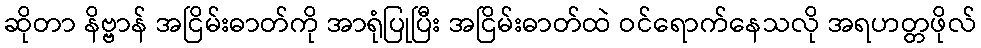
ဆိုတာ နိဗ္ဗာန် အငြိမ်းဓာတ်ကို အာရုံပြုပြီး အငြိမ်းဓာတ်ထဲ ဝင်ရောက်နေသလို အရဟတ္တဖိုလ်